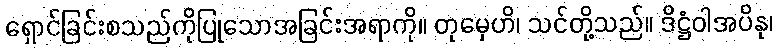
ရှောင်ခြင်းစသည်ကိုပြုသောအခြင်းအရာကို။ တုမှေဟိ၊ သင်တို့သည်။ ဒိဋ္ဌံဝါအပိနု၊